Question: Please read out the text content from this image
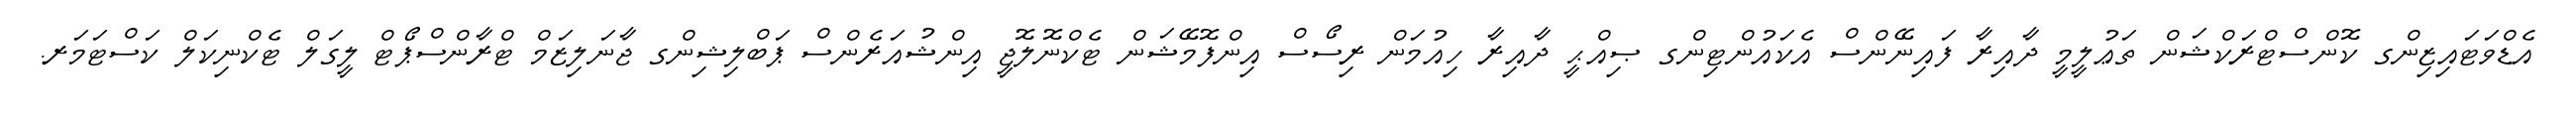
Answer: އެޑްވަޓައިޒިންގ ކޮންސްޓްރަކްޝަން ތަޢުލީމީ ދާއިރާ ފައިނޭންސް އެކައުންޓިންގ ޞިއްޙީ ދާއިރާ ހިއުމަން ރިސޯސް އިންފޮމޭޝަން ޓެކްނޮލޮޖީ އިންޝުއަރެންސް ޕަބްލިޝިންގ ޖާނަލިޒަމް ޓްރާންސްޕޯޓް ލީގަލް ޓެކްނިކަލް ކަސްޓަމަރ.